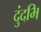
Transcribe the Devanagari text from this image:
दुंदभि